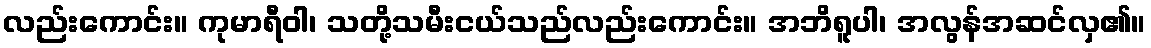
လည်းကောင်း။ ကုမာရီဝါ၊ သတို့သမီးငယ်သည်လည်းကောင်း။ အဘိရူပါ၊ အလွန်အဆင်လှ၏။